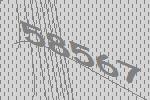
58567